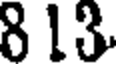
8 13